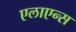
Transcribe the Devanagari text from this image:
एलाएन्स